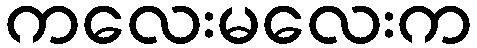
ကလေးမလေးက